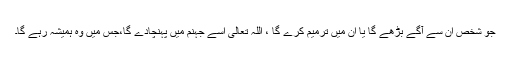
جو شخص ان سے آگے بڑھے گا یا ان میں ترمیم کرے گا ، اللہ تعالیٰ اسے جہنم میں پہنچادے گا،جس میں وہ ہمیشہ رہے گا۔